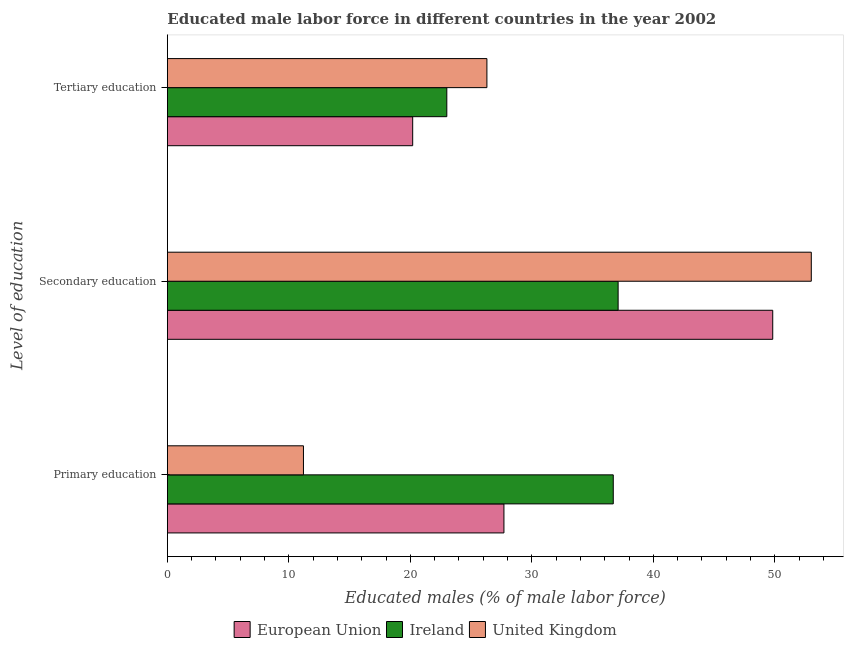
| Level of education | European Union | Ireland | United Kingdom |
 | --- | --- | --- | --- |
 | Primary education | 27.7 | 36.7 | 11.2 |
 | Secondary education | 49.8 | 37.1 | 53 |
 | Tertiary education | 20.2 | 23 | 26.3 |